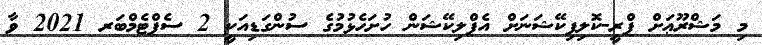
މި މަޝްރޫޢަށް ޕްރީ-ކޮލިފިކޭޝަނަށް އެޕްލިކޭޝަން ހުށަހެޅުމުގެ ސުންގަޑިއަކީ 2 ސެޕްޓެމްބަރ 2021 ވާ